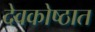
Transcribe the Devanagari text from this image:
देवकोष्ठात